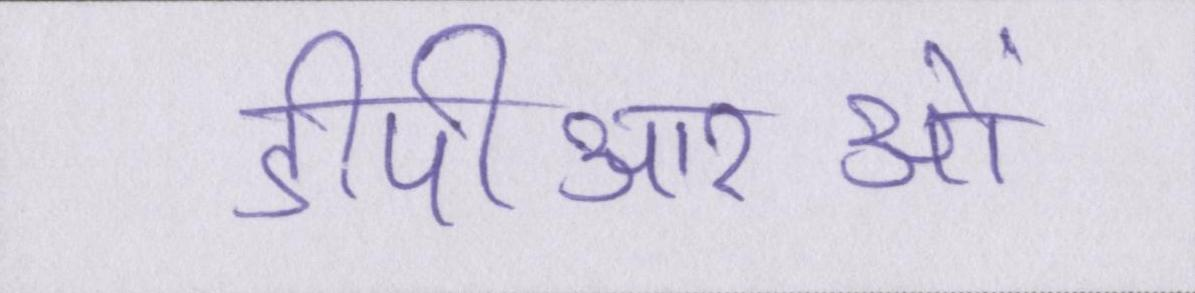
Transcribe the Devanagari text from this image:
डीपीआरओं